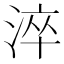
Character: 淬